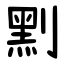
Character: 䵞